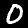
Label: 0